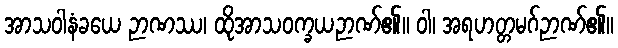
အာသဝါနံခယေ ဉာဏဿ၊ ထိုအာသဝက္ခယဉာဏ်၏။ ဝါ၊ အရဟတ္တမဂ်ဉာဏ်၏။